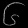
Digit: ၆